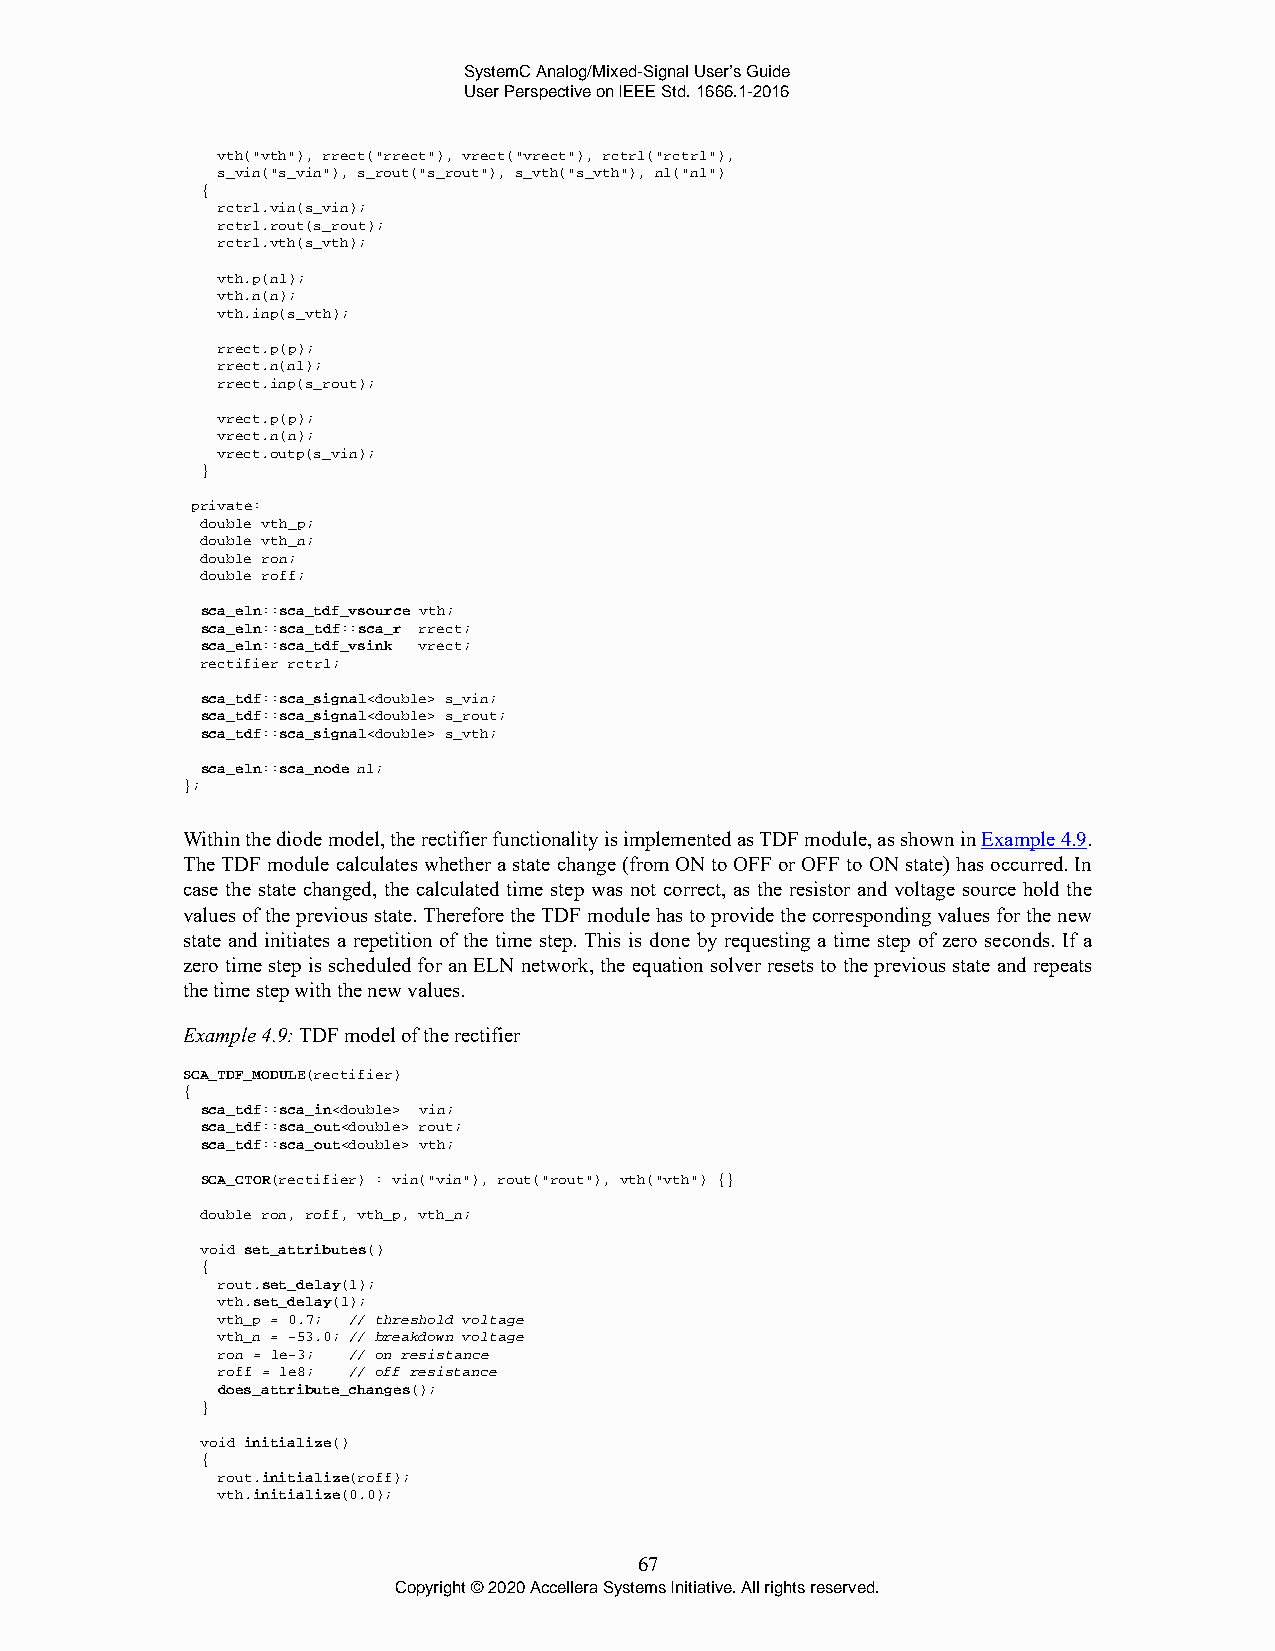
SystemC Analog/Mixed-Signal User’s Guide
 User Perspective on IEEE Std. 1666.1-2016
 vth("vth"), rrect("rrect"), vrect("vrect"), rctrl("rctrl"),
 s_vin("s_vin"), s_rout("s_rout"), s_vth("s_vth"), n1("n1")
 {
 rctrl.vin(s_vin);
 rctrl.rout(s_rout);
 rctrl.vth(s_vth);
 vth.p(n1);
 vth.n(n);
 vth.inp(s_vth);
 rrect.p(p);
 rrect.n(n1);
 rrect.inp(s_rout);
 vrect.p(p);
 vrect.n(n);
 vrect.outp(s_vin);
 }
 private:
 double vth_p;
 double vth_n;
 double ron;
 double roff;
 sca_eln::sca_tdf_vsource vth;
 sca_eln::sca_tdf::sca_r rrect;
 sca_eln::sca_tdf_vsink vrect;
 rectifier rctrl;
 sca_tdf::sca_signal<double> s_vin;
 sca_tdf::sca_signal<double> s_rout;
 sca_tdf::sca_signal<double> s_vth;
 sca_eln::sca_node n1;
 };
 Within the diode model, the rectifier functionality is implemented as TDF module, as shown in Example 4.9.
 The TDF module calculates whether a state change (from ON to OFF or OFF to ON state) has occurred. In
 case the state changed, the calculated time step was not correct, as the resistor and voltage source hold the
 values of the previous state. Therefore the TDF module has to provide the corresponding values for the new
 state and initiates a repetition of the time step. This is done by requesting a time step of zero seconds. If a
 zero time step is scheduled for an ELN network, the equation solver resets to the previous state and repeats
 the time step with the new values.
 Example 4.9: TDF model of the rectifier
 SCA_TDF_MODULE(rectifier)
 {
 sca_tdf::sca_in<double> vin;
 sca_tdf::sca_out<double> rout;
 sca_tdf::sca_out<double> vth;
 SCA_CTOR(rectifier) : vin("vin"), rout("rout"), vth("vth") {}
 double ron, roff, vth_p, vth_n;
 void set_attributes()
 {
 rout.set_delay(1);
 vth.set_delay(1);
 vth_p = 0.7; // threshold voltage
 vth_n = -53.0; // breakdown voltage
 ron = 1e-3; // on resistance
 roff = 1e8; // off resistance
 does_attribute_changes();
 }
 void initialize()
 {
 rout.initialize(roff);
 vth.initialize(0.0);
 67
 Copyright © 2020 Accellera Systems Initiative. All rights reserved.